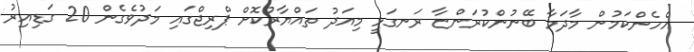
އެހެންކަމުން މާދަމާ ބޭނުންކުރަންޏާ ރަނގަޅީ މިއަދު ތައްޔާރުކޮށް ޕްރިޖްގައި މަދުވެގެން 20 ގަޑިއިރު